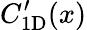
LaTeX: C_{\mathrm{1D}}^{\prime}(x)